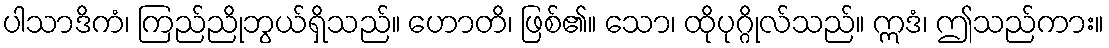
ပါသာဒိကံ၊ ကြည်ညိုဘွယ်ရှိသည်။ ဟောတိ၊ ဖြစ်၏။ သော၊ ထိုပုဂ္ဂိုလ်သည်။ ဣဒံ၊ ဤသည်ကား။